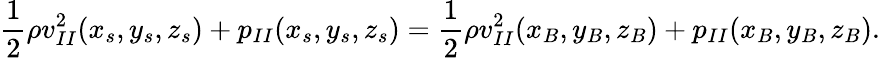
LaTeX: \frac{1}{2}\rho v_{II}^{2}(x_{s},y_{s},z_{s})+p_{II}(x_{s},y_{s},z_{s})=\frac{1}{2}\rho v_{II}^{2}(x_{B},y_{B},z_{B})+p_{II}(x_{B},y_{B},z_{B}).